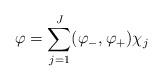
LaTeX: \begin{align*} \varphi=\sum_{j=1}^J (\varphi_-, \varphi_+)\chi_j\end{align*}